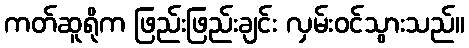
ကတ်ဆူရိုက ဖြည်းဖြည်းချင်း လှမ်းဝင်သွားသည်။